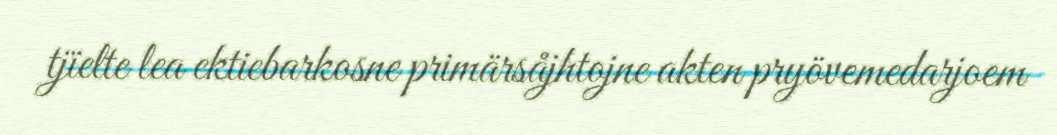
tjïelte lea ektiebarkosne primärsåjhtojne akten pryövemedarjoem